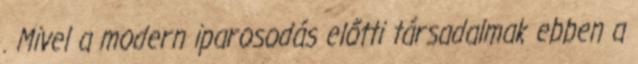
. Mivel a modern iparosodás előtti társadalmak ebben a